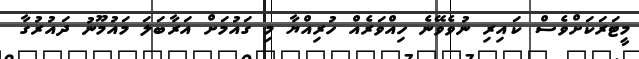
މީޓަރަކަށްވެސް ކައިރި ނުވެވޭނެ ހިއްވަރެއް ހުރިއްޔާ މި ގައުމަށް އަރާބަލަ މައުމޫނު ދައުރުގާ